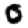
Digit: 0